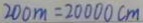
2 0 0 m = 2 0 0 0 0 c m